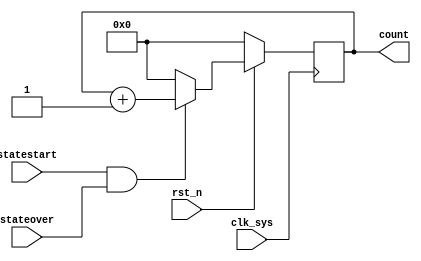
// qq_timer.v
module qq_timer(
             clk_sys,
             rst_n,
             statestart,
             stateover,
             count
            );
input clk_sys;
input rst_n;
input statestart;
input stateover;

output [4:0] count;

wire en;

reg [4:0] count;

assign en = statestart & stateover;

always @ (posedge clk_sys)
    begin
         if (rst_n == 1'b0)
             count <= 5'b0;
         else
             begin
                 if (en == 1'b1)
                     count <= count + 1;
                 else
                     count <= 5'b0;
             end
    end

endmodule